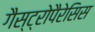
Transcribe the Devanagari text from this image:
गैस्ट्रोपैरेसिस